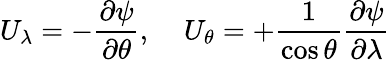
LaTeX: U_{\lambda}=-\frac{\partial\psi}{\partial\theta},\; \; \; \; U_{\theta}=+\frac{1}{\cos\theta}\frac{\partial\psi}{\partial\lambda}